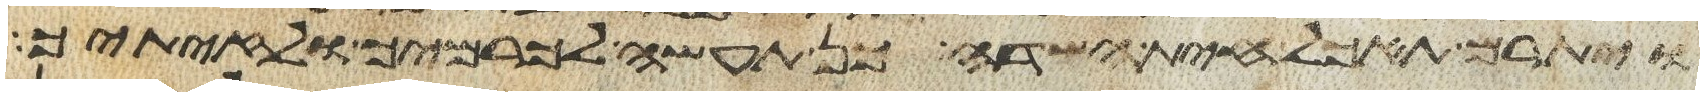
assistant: ויתרם תאכל חית השדה כן תעשה לכרמך ולזיתיך